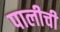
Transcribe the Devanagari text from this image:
पालीची